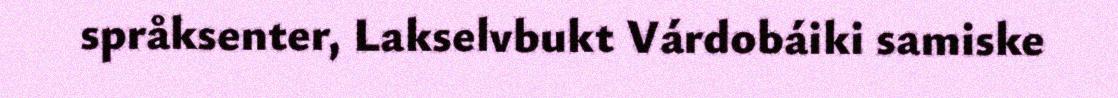
språksenter, Lakselvbukt Várdobáiki samiske